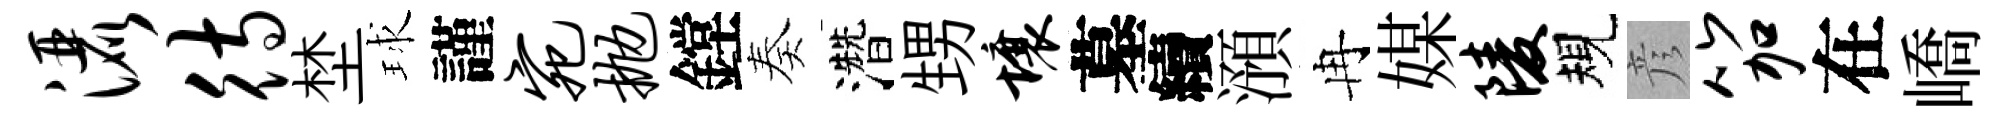
洒待埜球謹宛抛鏜奏濳甥壤墓續澦冉媒陵規彦笳在嶠